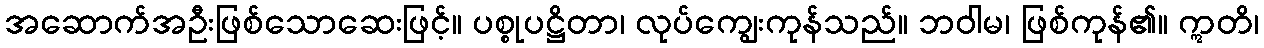
အဆောက်အဦးဖြစ်သောဆေးဖြင့်။ ပစ္စုပဋ္ဌိတာ၊ လုပ်ကျွေးကုန်သည်။ ဘဝါမ၊ ဖြစ်ကုန်၏။ ဣတိ၊